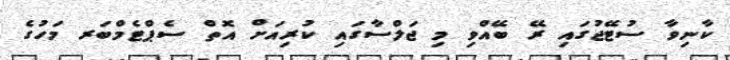
ކާނިވާ ސުޓޭޖުގައި ރޭ ބޭއްވި މި ޖަލްސާގައި ކުރިއަށް އޮތް ސެޕްޓެމްބަރ މަހުގެ